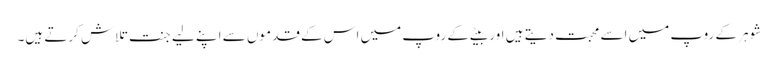
شوہر کے روپ میں اسے محبت دیتے ہیں اور بیٹے کے روپ میں اس کے قدموں سے اپنے لیے جنت تلاش کرتے ہیں۔